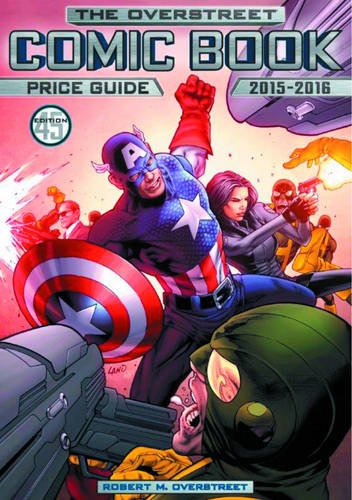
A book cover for The Overstreet Comic Book Price Guide Volume 45 SC - (Captain America & SHIELD Cover); Robert M. Overstreet; Comics & Graphic Novels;